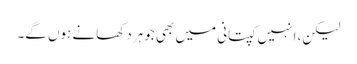
لیکن، انہیں کپتانی میں بھی جوہر دکھانے ہوں گے۔